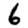
Digit: 6